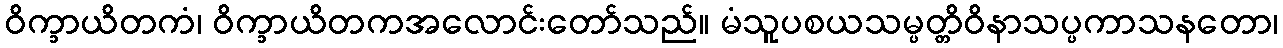
ဝိက္ခာယိတကံ၊ ဝိက္ခာယိတကအလောင်းတော်သည်။ မံသူပစယသမ္ပတ္တိဝိနာသပ္ပကာသနတော၊